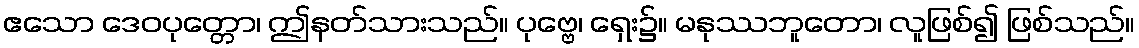
ဧသော ဒေဝပုတ္တော၊ ဤနတ်သားသည်။ ပုဗ္ဗေ၊ ရှေး၌။ မနုဿဘူတော၊ လူဖြစ်၍ ဖြစ်သည်။